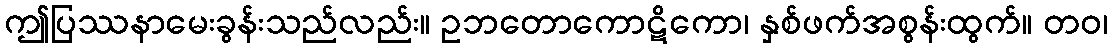
ဤပြဿနာမေးခွန်းသည်လည်း။ ဥဘတောကောဋိကော၊ နှစ်ဖက်အစွန်းထွက်။ တဝ၊